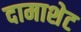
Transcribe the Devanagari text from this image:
दामाशेट